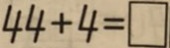
4 4 + 4 = \square